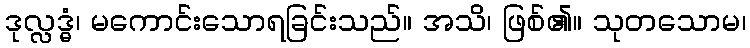
ဒုလ္လဒ္ဓံ၊ မကောင်းသောရခြင်းသည်။ အသိ၊ ဖြစ်၏။ သုတသောမ၊